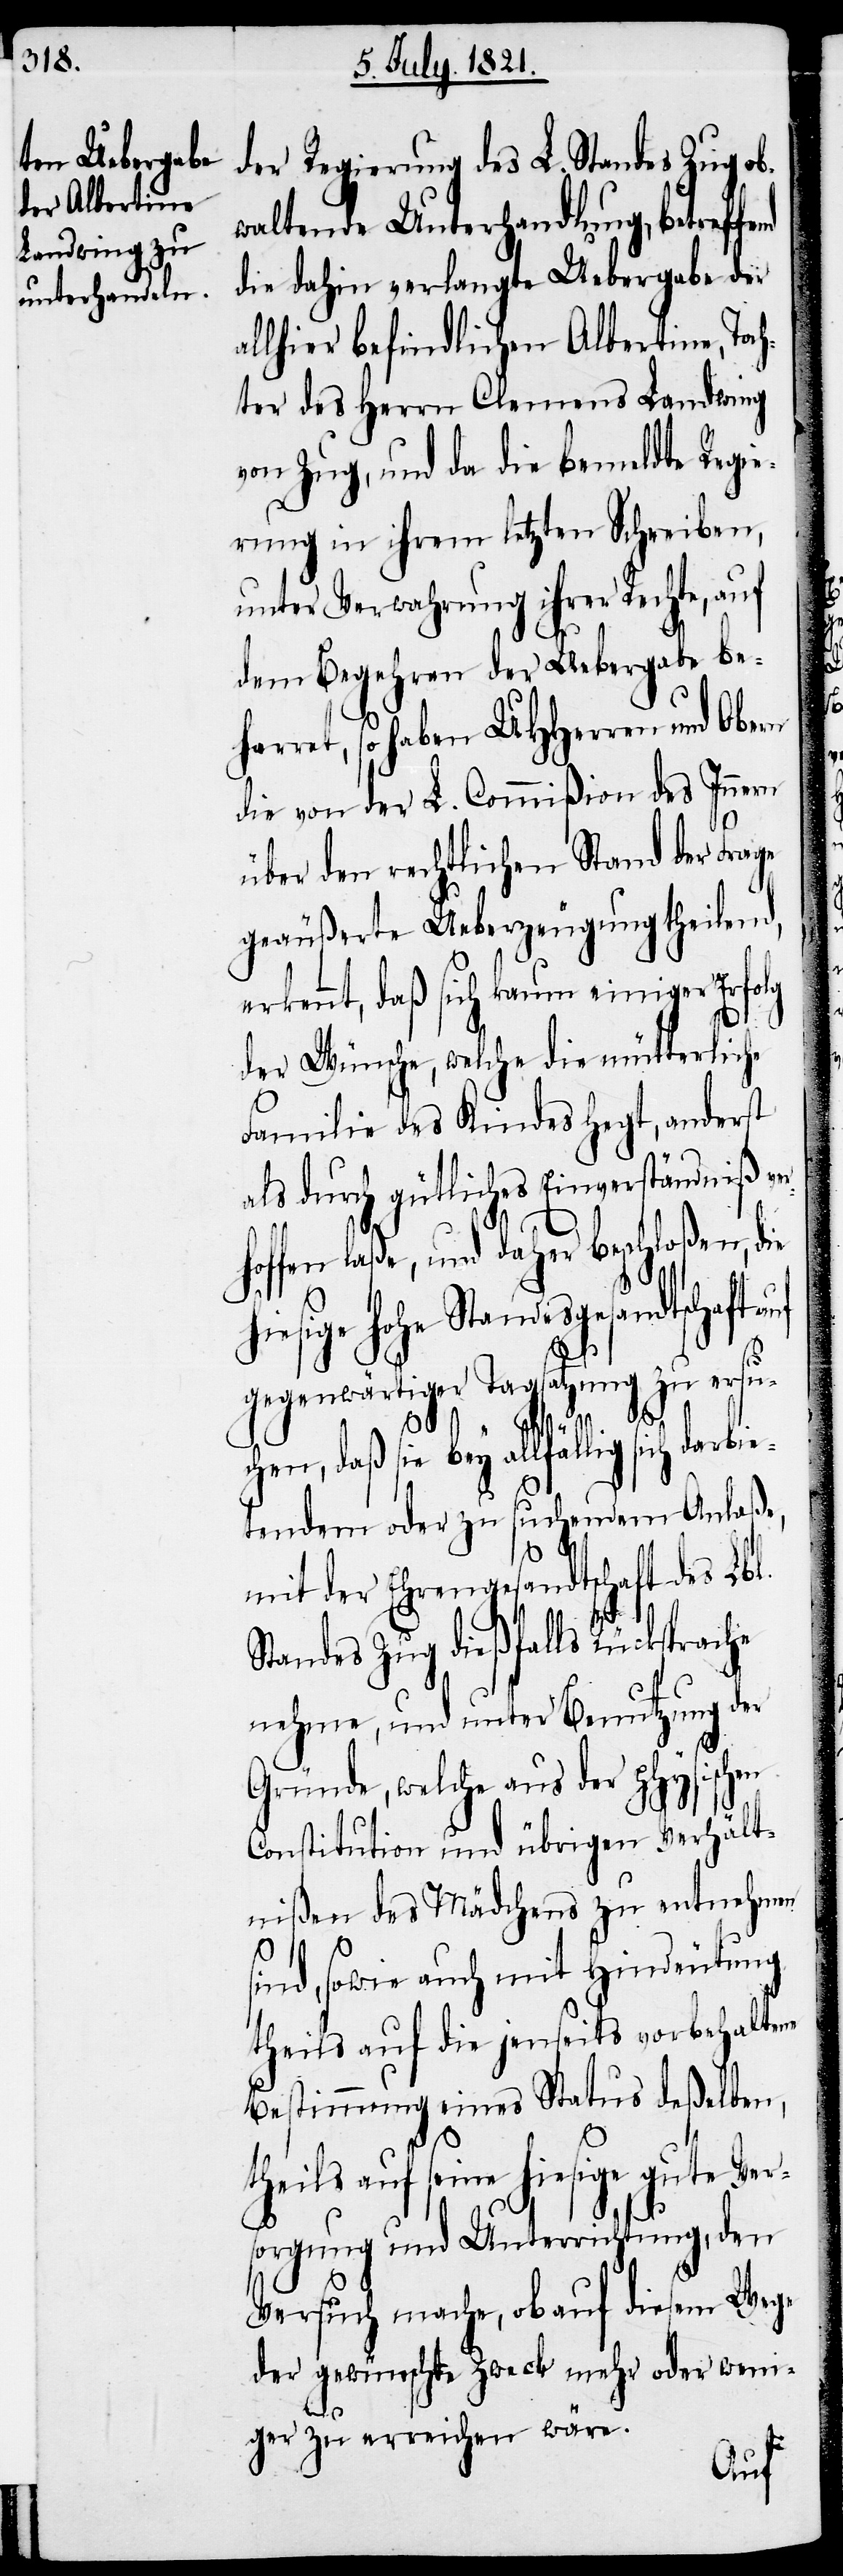
der Regierung des L. Standes Zug ob¬
waltende Unterhandlung, betreff¬
die dahin verlangte Uebergabe der
allhier befindlichen Albertine, Toc¬
hter des Herrn Clemens Landwing
von Zug, und da die bemeldte Regie¬
rung in ihrem letzten Schreiben,
unter Verwahrung ihrer Rechte, auf
dem Begehren der Uebergabe be¬
harret, so haben UHHerren und Obern
die von der L. Commißion des Innern
über den rechtlichen Stand der Frage
geäußerte Ueberzeugung theilend,
erkennt, daß sich kaum einiger Erfolg
der Wünsche, welche die mütterliche
Familie des Kindes hegt, anderst
als durch gütliches Einverständniß v¬
hoffen laße, und daher beschloßen, die
iesige hohe Standesgesandtschaft
gegenwärtiger Tagsatzung zu ersu¬
ch darbie¬
chen, daß sie bey allfällig si¬
tenden oder zu suchendem Anlaße,
mit der Ehrengesandtschaft des Lbl.
nehme, und unter Benutzung der
ischen
Gründe, welche aus der ph¬
Constitution und übrigen Verhält¬
niße des Mädchens zu entnehmen
sind, sowie auch mit Hindeutung
theils auf die jenseits vorbehaltene
Bestimmung eines Status deßelben,
theils auf seine hiesige gute Ver¬
sorgung und Unterrichtung, den
Versuch mache, ob auf diesem Wege
der gewünschte Zweck mehr oder weni¬
ys¬
ger zu erreichen wäre.